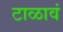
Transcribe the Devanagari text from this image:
टाळावं